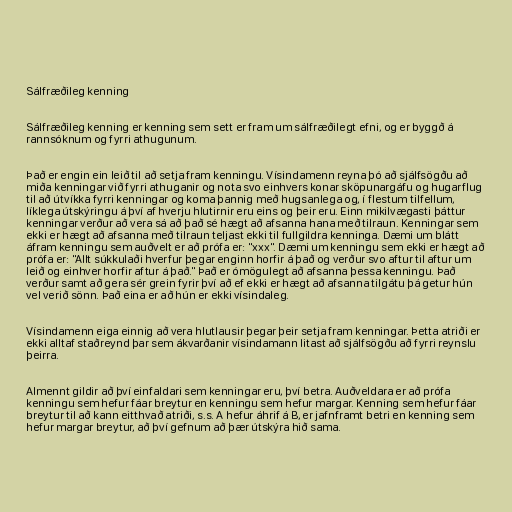
Sálfræðileg kenning

Sálfræðileg kenning er kenning sem sett er fram um sálfræðilegt efni, og er byggð á
rannsóknum og fyrri athugunum.

Það er engin ein leið til að setja fram kenningu. Vísindamenn reyna þó að sjálfsögðu að
miða kenningar við fyrri athuganir og nota svo einhvers konar sköpunargáfu og hugarflug
til að útvíkka fyrri kenningar og koma þannig með hugsanlega og, í flestum tilfellum,
líklega útskýringu á því af hverju hlutirnir eru eins og þeir eru. Einn mikilvægasti þáttur
kenningar verður að vera sá að það sé hægt að afsanna hana með tilraun. Kenningar sem
ekki er hægt að afsanna með tilraun teljast ekki til fullgildra kenninga. Dæmi um blátt
áfram kenningu sem auðvelt er að prófa er: "xxx". Dæmi um kenningu sem ekki er hægt að
prófa er: "Allt súkkulaði hverfur þegar enginn horfir á það og verður svo aftur til aftur um
leið og einhver horfir aftur á það." Það er ómögulegt að afsanna þessa kenningu. Það
verður samt að gera sér grein fyrir því að ef ekki er hægt að afsanna tilgátu þá getur hún
vel verið sönn. Það eina er að hún er ekki vísindaleg.

Vísindamenn eiga einnig að vera hlutlausir þegar þeir setja fram kenningar. Þetta atriði er
ekki alltaf staðreynd þar sem ákvarðanir vísindamann litast að sjálfsögðu að fyrri reynslu
þeirra.

Almennt gildir að því einfaldari sem kenningar eru, því betra. Auðveldara er að prófa
kenningu sem hefur fáar breytur en kenningu sem hefur margar. Kenning sem hefur fáar
breytur til að kann eitthvað atriði, s.s. A hefur áhrif á B, er jafnframt betri en kenning sem
hefur margar breytur, að því gefnum að þær útskýra hið sama.